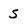
Character: S